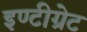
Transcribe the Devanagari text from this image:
इण्टीग्रेट